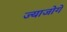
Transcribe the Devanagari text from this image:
ज्याजोगे